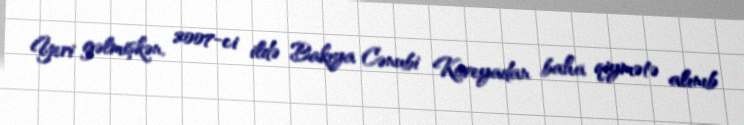
Yeri gəlmişkən, 2007-ci ildə Bakıya Cənubi Koreyadan baha qiymətə alınıb